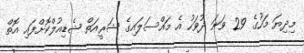
މިދިޔަ މަހުގެ 29 ވަނަ ދުވަހު އެ މައްސަލައިގެ ޝަރީއަތް ޝެޑިއުލްކޮށްފައި އޮތް